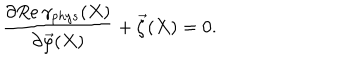
\frac { \partial R e \, \gamma _ { p h y s } ( X ) } { \partial \vec { \varphi } ( X ) } + \vec { \zeta } ( X ) = 0 .